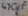
Text: 470µF